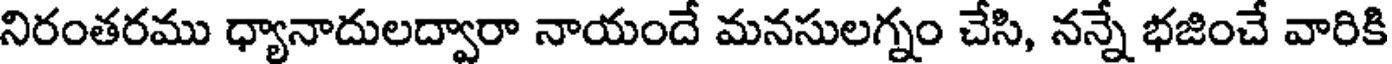
నిరంతరము ధ్యానాదులద్వారా నాయందే మనసులగ్నం చేసి, నన్నే భజించే వారికి